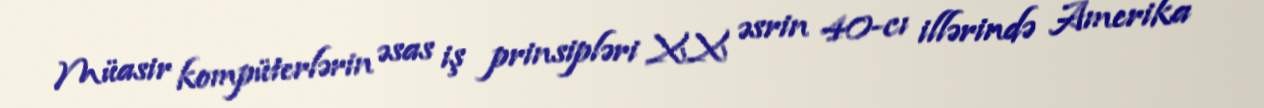
Müasir kompüterlərin əsas iş prinsipləri XX əsrin 40-cı illərində Amerika